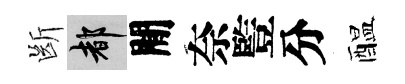
㫁都閒奈䜿分醖